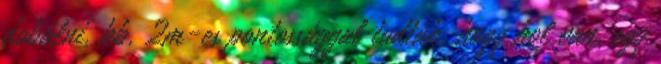
dobálni, kb. 2m-es pontossággal tudták, hogy hol van, egy